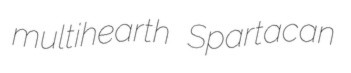
multihearth Spartacan